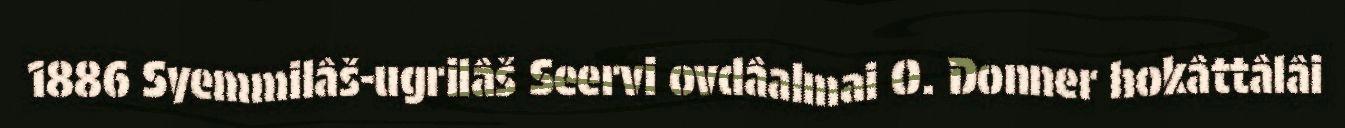
1886 Syemmilâš-ugrilâš Seervi ovdâalmai O. Donner hokâttâlâi